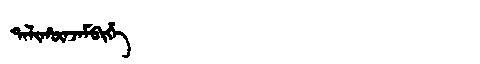
Manchu: ᡨᠠᠯᡳᡥᡡᠨᠵᠠᠮᠪᡳᡥᡝ
Romanization: TALIHŪNJAMBIHE